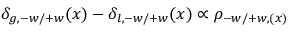
\delta _ { g , - w / + w } ( x ) - \delta _ { l , - w / + w } ( x ) \propto \rho _ { - w / + w , ( x ) }